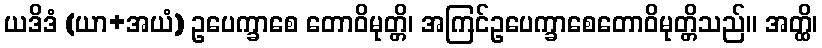
ယဒိဒံ (ယာ+အယံ) ဥပေက္ခာစေ တောဝိမုတ္တိ၊ အကြင်ဥပေက္ခာစေတောဝိမုတ္တိသည်။ အတ္ထိ၊